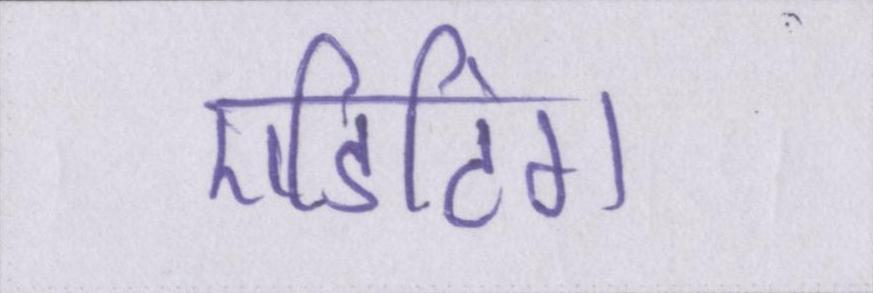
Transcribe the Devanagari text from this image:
एडिटिंग